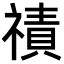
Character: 𮂒